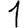
Digit: 1